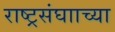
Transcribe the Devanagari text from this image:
राष्ट्रसंघााच्या